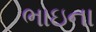
ભાઇના